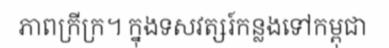
ភាពក្រីក្រ។ ក្នុងទសវត្សរ៍កន្លងទៅកម្ពុជា